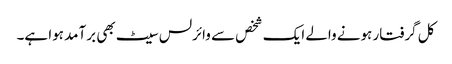
کل گرفتار ہونے والے ایک شخص سے وائرلس سیٹ بھی برآمد ہوا ہے۔